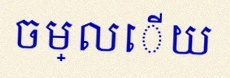
ចម្លើយ